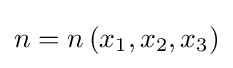
n=n\left(x_{1},x_{2},x_{3}\right)